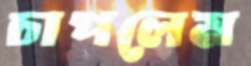
চাপলেম